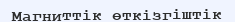
Магниттік өткізгіштік